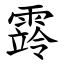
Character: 䨧